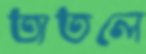
তাতলে